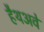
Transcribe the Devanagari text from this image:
हैथअवे